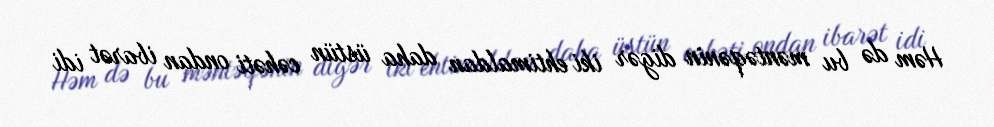
Həm də bu məntəqənin digər iki ehtimaldan daha üstün cəhəti ondan ibarət idi